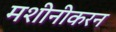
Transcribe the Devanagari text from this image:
मशीनीकरन